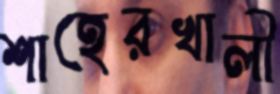
শাহেরখালী